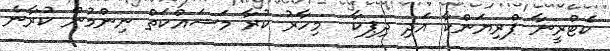
ކެޓްރީނާ ޕްރިޔަންކާ އަދި ދިޕިކާ  މިހާރު ކުރާ މަސައްކަތް ނިންމުން ކުރާނެ